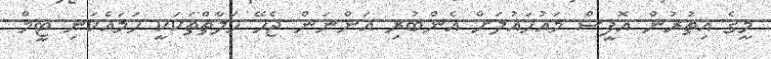
މީގެ އިތުރުން އޮފީސް މައުހައުލަށް އެންބުރި އަންނަން ޖެހޭ ހަލާތްތަކަކީ ހަމައެކަނި ޓީމް